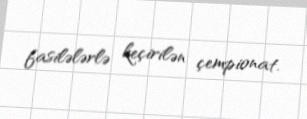
fasilələrlə keçirilən çempionat.